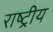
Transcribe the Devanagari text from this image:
राष्ट्रीय